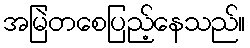
အမြဲတစေပြည့်နေသည်။